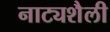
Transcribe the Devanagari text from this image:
नाट्यशैली